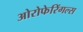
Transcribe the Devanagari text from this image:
ओरोफेरिंगल्स